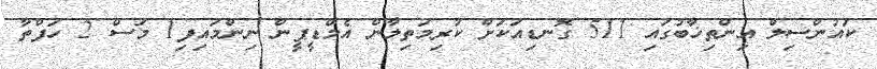
ކައުންސިލް އިންތިޚާބުގައި 511 ގޮނޑިއަކަށް ކުރިމަތިލާން އެމްޑީޕީން ނިންމައިިފި1 މަސް 2 ހަފްތާ